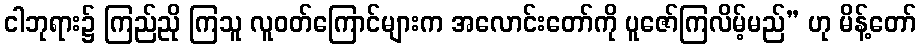
ငါဘုရား၌ ကြည်ညို ကြသူ လူဝတ်ကြောင်များက အလောင်းတော်ကို ပူဇော်ကြလိမ့်မည်” ဟု မိန့်တော်